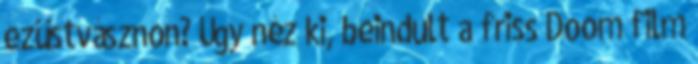
ezüstvásznon? Úgy néz ki, beindult a friss Doom film